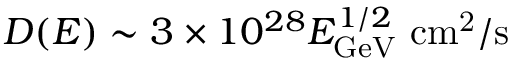
D ( E ) \sim 3 \times 1 0 ^ { 2 8 } E _ { \mathrm { G e V } } ^ { 1 / 2 } ~ \mathrm { c m ^ { 2 } / s }